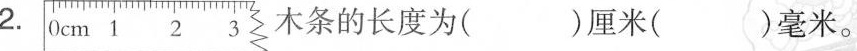
2.木条的长度为( )厘米( )毫米。